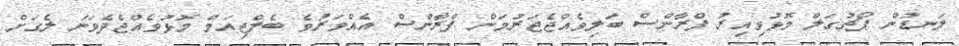
ލަނޑުން ޕޯޗުގަލް މޮޅުވިއިރު ފްރާންސް ބަލިވެއްޖެޖަރުމަން ފްރާންސް އެއްވަރުވެ ބެލްޖިއަމް މޮޅުވެއްޖެދެވަނަ ލެގަށް